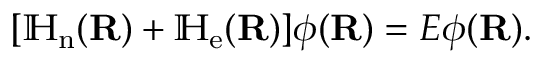
[ \mathbb { H } _ { \mathrm { n } } ( \mathbf { R } ) + \mathbb { H } _ { \mathrm { e } } ( \mathbf { R } ) ] { \boldsymbol { \phi } } ( \mathbf { R } ) = E { \boldsymbol { \phi } } ( \mathbf { R } ) .